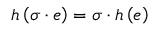
h \left( \sigma \cdot e \right) = \sigma \cdot h \left( e \right)